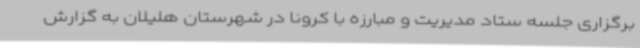
برگزاری جلسه ستاد مدیریت و مبارزه با کرونا در شهرستان هلیلان به گزارش